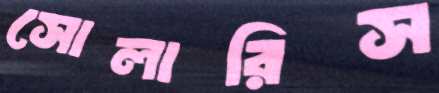
সোলারিস